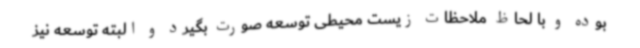
بوده و با لحاظ ملاحظات زیست محیطی توسعه صورت بگیرد و البته توسعه نیز